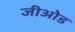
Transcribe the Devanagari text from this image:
जीओड